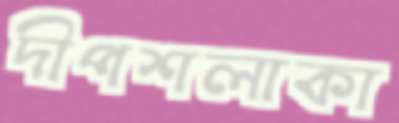
দীপশলাকা